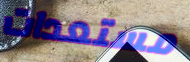
مستعدات